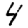
Digit: 4